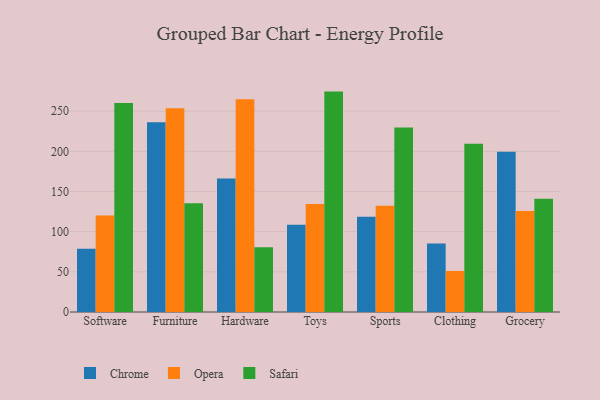
{"axis": {"x": "Category", "y": "Backlog"}, "legend": ["Chrome", "Opera", "Safari"], "data": [{"x": "Software", "y": 78.7, "type": "Chrome"}, {"x": "Software", "y": 120.2, "type": "Opera"}, {"x": "Software", "y": 260.1, "type": "Safari"}, {"x": "Furniture", "y": 236.1, "type": "Chrome"}, {"x": "Furniture", "y": 253.6, "type": "Opera"}, {"x": "Furniture", "y": 135.4, "type": "Safari"}, {"x": "Hardware", "y": 166.1, "type": "Chrome"}, {"x": "Hardware", "y": 265.0, "type": "Opera"}, {"x": "Hardware", "y": 80.5, "type": "Safari"}, {"x": "Toys", "y": 108.5, "type": "Chrome"}, {"x": "Toys", "y": 134.6, "type": "Opera"}, {"x": "Toys", "y": 274.4, "type": "Safari"}, {"x": "Sports", "y": 118.7, "type": "Chrome"}, {"x": "Sports", "y": 132.3, "type": "Opera"}, {"x": "Sports", "y": 229.8, "type": "Safari"}, {"x": "Clothing", "y": 85.4, "type": "Chrome"}, {"x": "Clothing", "y": 51.1, "type": "Opera"}, {"x": "Clothing", "y": 209.6, "type": "Safari"}, {"x": "Grocery", "y": 199.5, "type": "Chrome"}, {"x": "Grocery", "y": 125.7, "type": "Opera"}, {"x": "Grocery", "y": 141.0, "type": "Safari"}]}